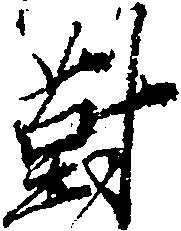
対